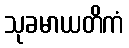
သုခမာယတိကံ